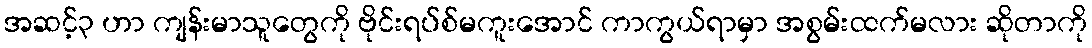
အဆင့်၃ ဟာ ကျန်းမာသူတွေကို ဗိုင်းရပ်စ်မကူးအောင် ကာကွယ်ရာမှာ အစွမ်းထက်မလား ဆိုတာကို